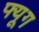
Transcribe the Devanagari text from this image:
फ्यूग